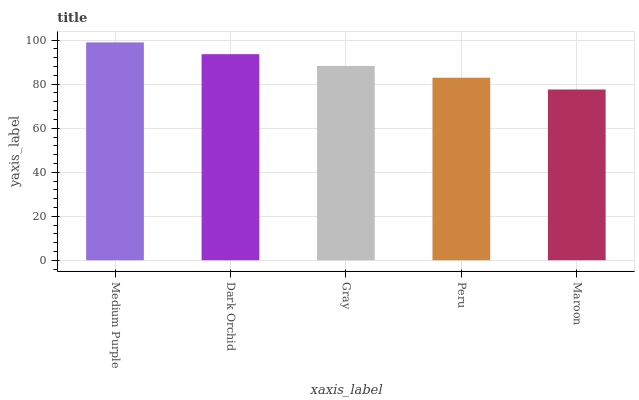
| xaxis_label | bars |
 | --- | --- |
 | Medium Purple | 99 |
 | Dark Orchid | 93.6 |
 | Gray | 88.3 |
 | Peru | 82.9 |
 | Maroon | 77.6 |